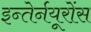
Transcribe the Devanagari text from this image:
इन्तेर्नयूरोंस